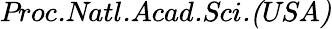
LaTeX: \textit{Proc.Natl.Acad.Sci.(USA)}